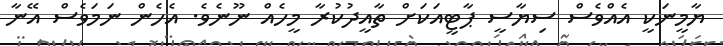
ޔާމީނަކީ އެއްވެސް ސިޔާސީ ޕާޓީއަކަށް ތާއީދުކުރާ މީހެއް ނޫނެވެ. އެހެން ނަމަވެސް އޭނާ